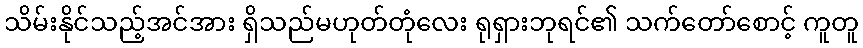
သိမ်းနိုင်သည့်အင်အား ရှိသည်မဟုတ်တုံလေး ရုရှားဘုရင်၏ သက်တော်စောင့် ကူတူ